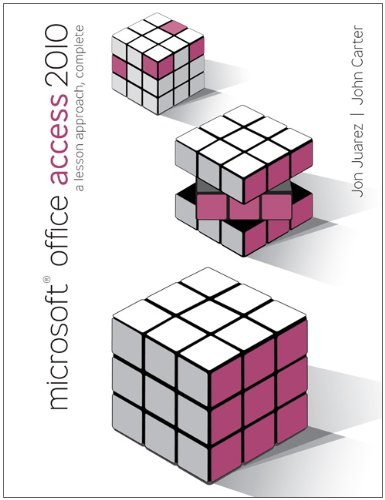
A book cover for Microsoft Office Access 2010: A Lesson Approach, Complete; John Carter; Computers & Technology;